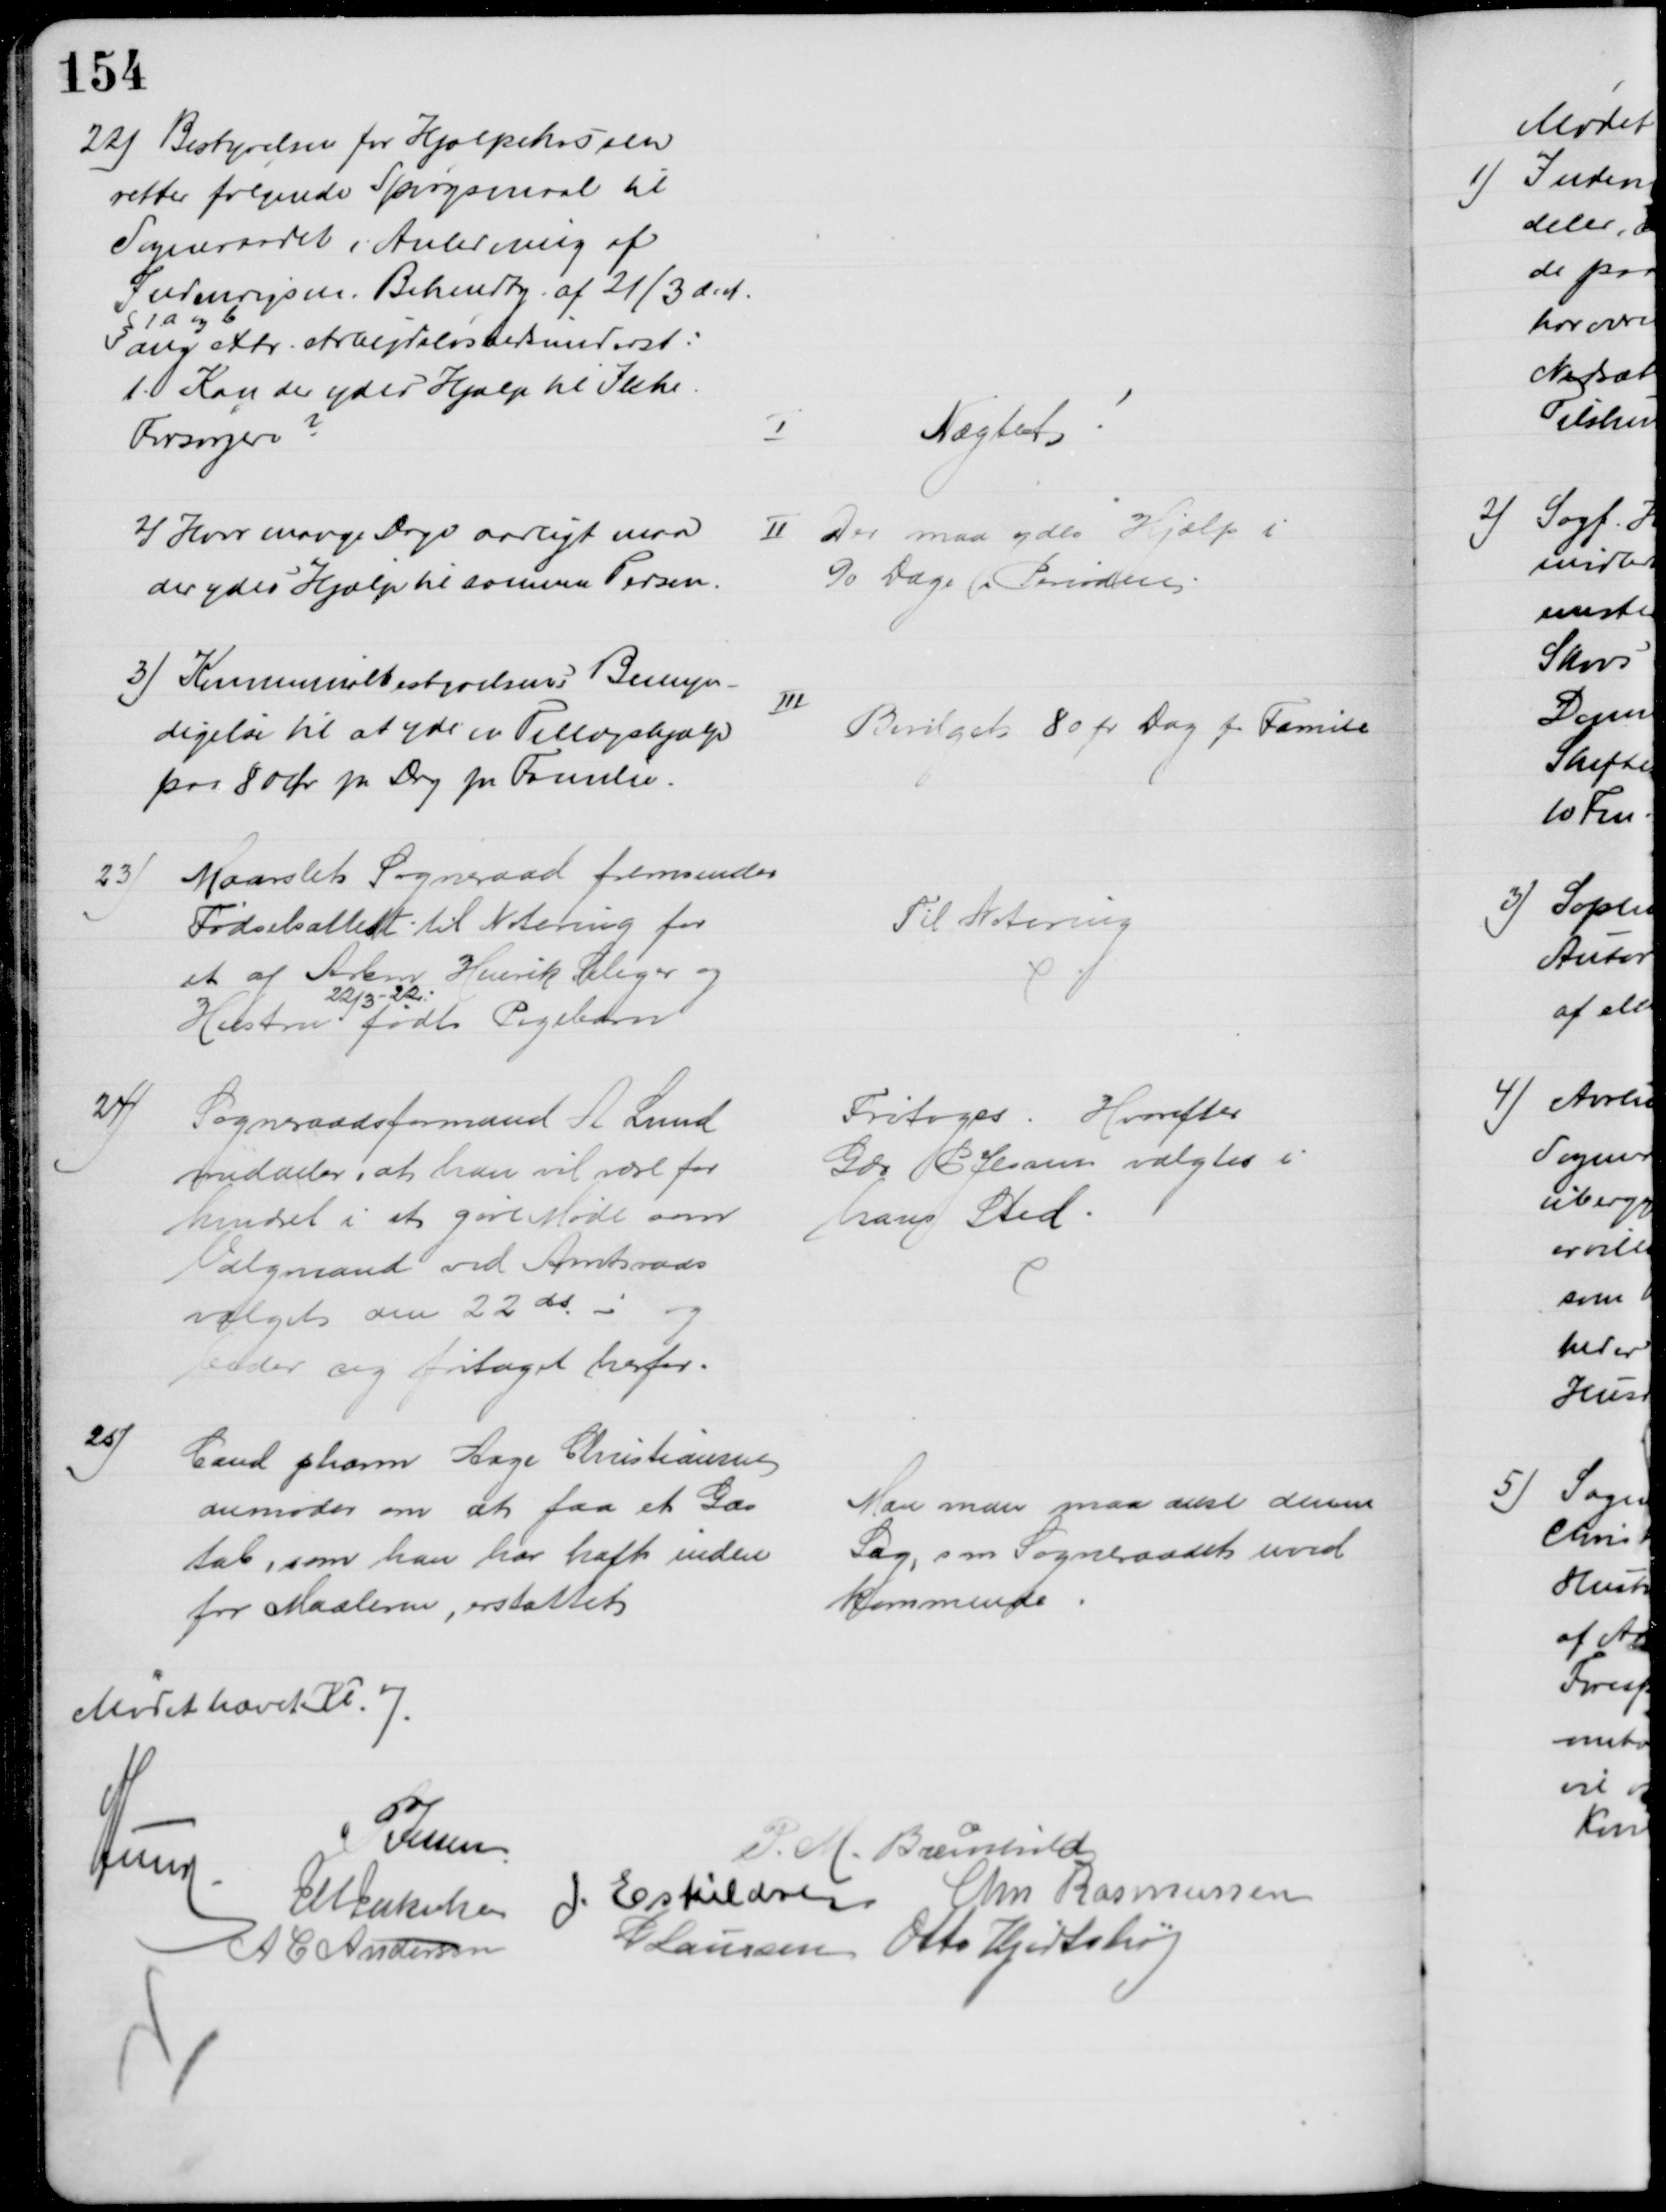
Transskription:
22) Bestyrelsen for Hjælpekassen
retter følgende Spørgsmaal til
Sogneraadet i Anledning af
Indenrigsm. Bekendtg. af 21/3 d. A.
§ 1a og b
ang extr. Arbejdsløshedsunderst:
1. Kan der ydes Hjælp til Ikke
Forsørgere?
I
Nægtet
2) Hvor mange Dage aarligt maa
der ydes Hjælp til samme Person.
II Der maa ydes Hjælp i
90 Dage (i Perioden.
3) Kommunalbestyrelsens Bemyn-
digelse til at yde en Tillægshjælp
paa 80 Øre pr Dag pr Familie.
III
Bevilget 80 pr Dag pr Familie
23)
Maarslet Sogneraad fremsender
Fødselsattest til Notering for
et af Arbmd Henrik Seliger og
Hustru
22/3-22
født Pigebarn
Til Notering
24)
Sogneraadsformand A Lund
meddeler, at han vil være for 
hindret i at gøre Møde som
Valgmand ved Amtsraads
valget den 22 ds. - og
beder sig fritaget herfor.
Fritoges. Hvorefter
Gdr P Jessen valgtes i
hans Sted
25)
Cand pharm Aage Christiansen
anmoder om at faa et Gas
tab, som han har haft inden
for Maalerne, erstattet
Man man maa anse denne
Sag, som Sogneraadet uved
kommende
Mødet hævet 7
A Lund
P Jessen
P. M. Breinhild
J M Jakobsen
J. Eskildsen Chr Rasmussen
A C Andersen
P Laursen Otto Hjortshøj